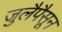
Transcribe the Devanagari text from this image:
जुलैपैसून